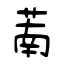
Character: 萳